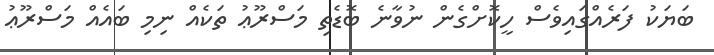
ބަޔަކު ފަރެއްގައިވެސް ހީކޮށްގެން ނުވާނެ ބޮޑެތި މަސްރޫޢު ތަކެއް ނިމި ބައެއް މަސްރޫޢު